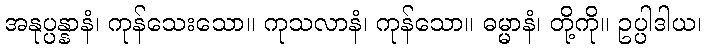
အနုပ္ပန္နာနံ၊ ကုန်သေးသော။ ကုသလာနံ၊ ကုန်သော။ ဓမ္မာနံ၊ တို့ကို။ ဥပ္ပါဒါယ၊